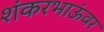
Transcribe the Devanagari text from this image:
शंकरभाऊंवर